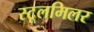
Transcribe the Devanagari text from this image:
स्टूलमिलर